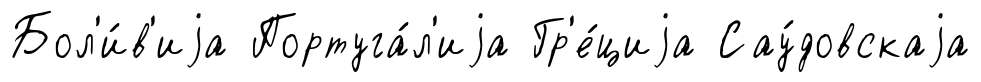
Бол'и́в'иjа Португа́л'иjа Гр'е́циjа Сау́довскаjа